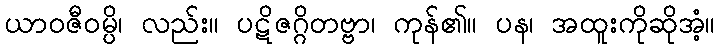
ယာဝဇီဝမ္ပိ၊ လည်း။ ပဋိဇဂ္ဂိတဗ္ဗာ၊ ကုန်၏။ ပန၊ အထူးကိုဆိုအံ့။